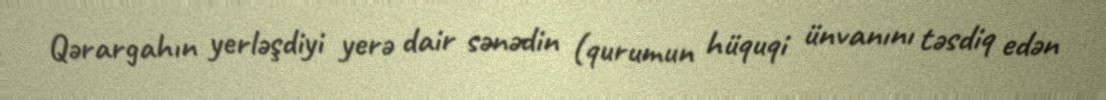
Qərargahın yerləşdiyi yerə dair sənədin (qurumun hüquqi ünvanını təsdiq edən